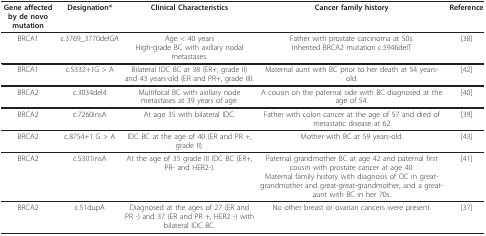
| Gene affected by de novo mutation | Designation* | Clinical Characteristics | Cancer family history | Reference |
 | --- | --- | --- | --- | --- |
 | BRCA1 | c.3769_3770delGA | Age < 40 yearsHigh-grade BC with axillary nodal metastases. | Father with prostate carcinoma at 50s.Inherited BRCA2 mutation c.5946delT | [38] |
 | BRCA1 | c.5332+1G > A | Bilateral IDC BC at 38 (ER+, grade II) and 43 years-old (ER and PR+, grade III). | Maternal aunt with BC prior to her death at 54 years-old. | [42] |
 | BRCA2 | c.3034del4 | Multifocal BC with axillary node metastases at 39 years of age. | A cousin on the paternal side with BC diagnosed at the age of 54. | [40] |
 | BRCA2 | c.7260insA | At age 35 with bilateral IDC. | Father with colon cancer at the age of 57 and died of metastatic disease at 62 | [39] |
 | BRCA2 | c.8754+1 G > A | IDC BC at the age of 40 (ER and PR +, grade II). | Mother with BC at 59 years-old. | [43] |
 | BRCA2 | c.5301insA | At the age of 35 grade III IDC BC (ER+, PR- and HER2-). | Paternal grandmother BC at age 42 and paternal first cousin with prostate cancer at age 40.Maternal family history with diagnosis of OC in great-grandmother and great-great-grandmother, and a great-aunt with BC in her 70s. | [41] |
 | BRCA2 | c.51dupA | Diagnosed at the ages of 27 (ER and PR -) and 37 (ER and PR +, HER2 -) with bilateral IDC BC. | No other breast or ovarian cancers were present. | [37] |